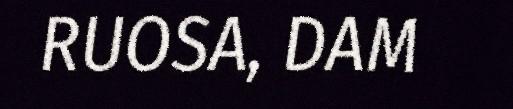
RUOSA, DAM